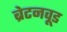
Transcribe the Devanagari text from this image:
ब्रेटनवूड